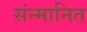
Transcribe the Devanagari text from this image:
संन्मानित